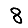
Digit: 8